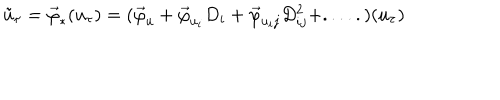
\tilde { u } _ { \tau } = \vec { \varphi } _ { * } ( u _ { \tau } ) = ( \vec { \varphi } _ { u } + \vec { \varphi } _ { u _ { i } } D _ { i } + \vec { \varphi } _ { u _ { i } j } D _ { i j } ^ { 2 } + . . . . . ) ( u _ { \tau } )